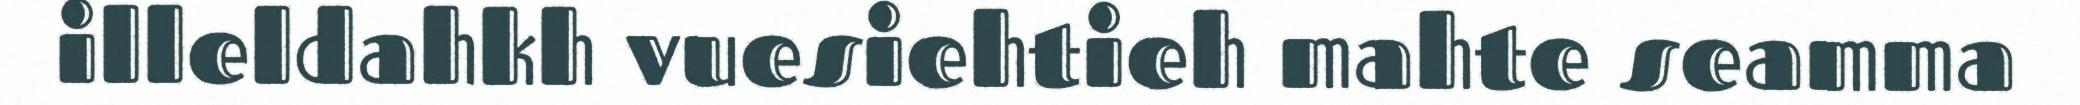
illeldahkh vuesiehtieh mahte seamma